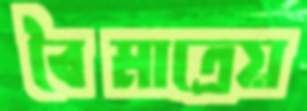
বৈমাত্রেয়